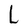
Character: L